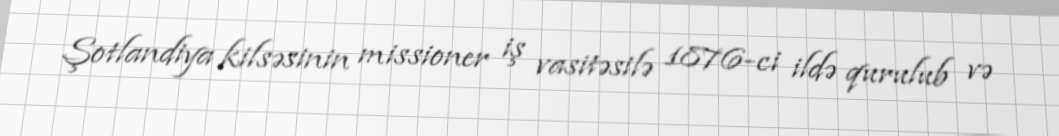
Şotlandiya kilsəsinin missioner iş vasitəsilə 1876-ci ildə qurulub və